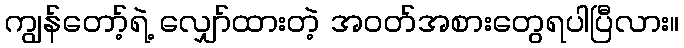
ကျွန်တော့်ရဲ့ လျှော်ထားတဲ့ အဝတ်အစားတွေရပါပြီလား။